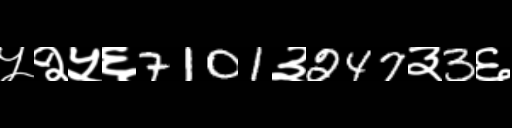
Text: ५२५६7101३247३3६